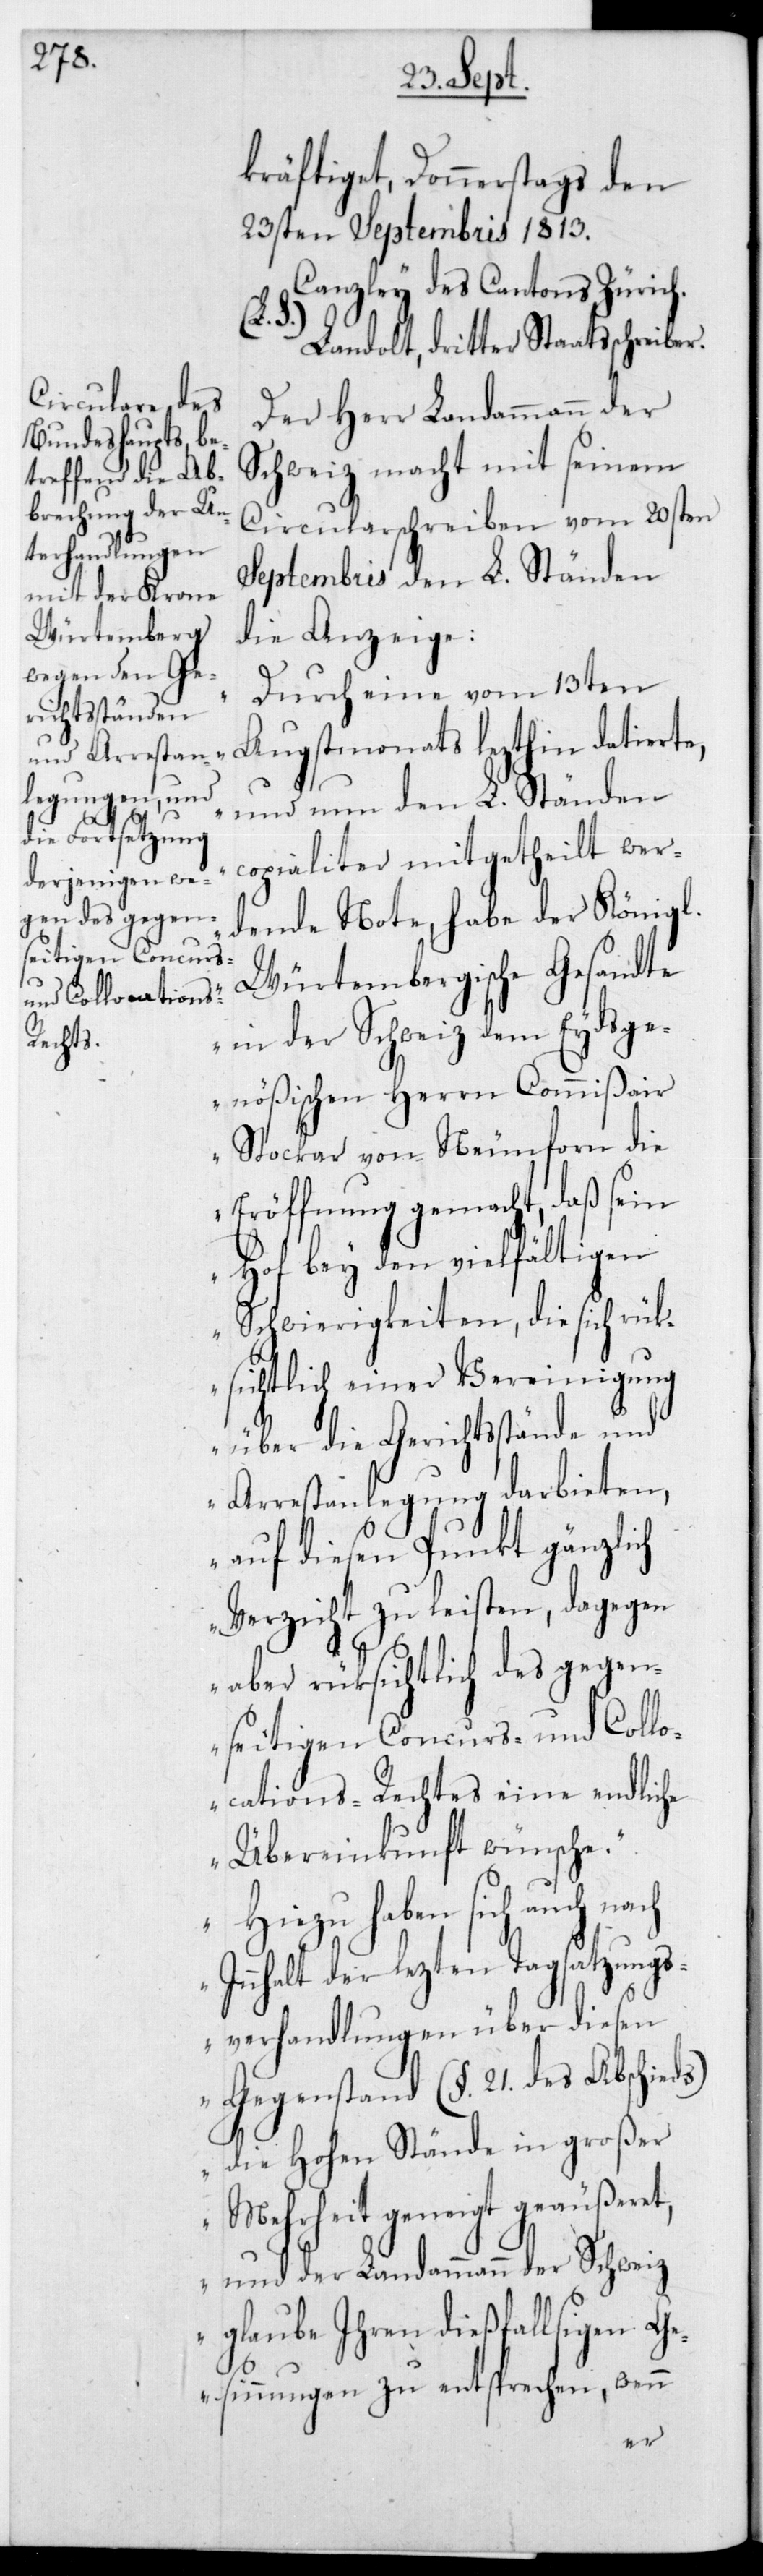
kräftiget, Donnerstags den
23sten Septembris 1813.
Canzley des Cantons Zürich.
Landolt, dritter Staatsschreiber.
Der Herr Landammann der
Schweiz macht mit seinem
Circularschreiben vom 20sten
Septembris den L. Ständen
die Anzeige:
„Durch eine vom 13ten
Augstmonats lezthin datierte,
und nun den L. Ständen
copialiter mitgetheilt wer¬
dende Note, habe der Königl.
Würtembergische Gesandte
in der Schweiz dem Eydsge¬
nößischen Herrn Commißair
Stockar von Neunforn die
Eröffnung gemacht, daß sein
Hof bey den vielfältigen
Schwierigkeiten, sie sich rüc¬
ksichtlich einer Vereinigung
über die Gerichtsstände und
Arrestanlegungen darbieten,
auf diesen Punkt gänzlich
Verzicht zu leisten, dagegen
aber rücksichtlich des gegen¬
seitigen Concurs- und Collo¬
cations-Rechtes eine endliche
Übereinkunft wünsche.
Hiezu haben sich auch nach
I¬
nnhalt der lezten Tagsatzungs¬
verhandlungen über diesen
Gegenstand (§ 21 des Abschieds)
die Hohen Stände in großer
Mehrheit geneigt geäußeret,
und der Landammann der Schweiz
glaube Ihren dießfallsigen G¬
esinnungen zu entsprechen, wenn